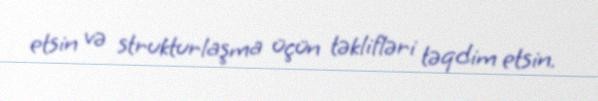
etsin və strukturlaşma üçün təklifləri təqdim etsin.